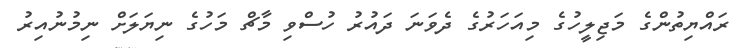
ރައްޔިތުންގެ މަޖިލީހުގެ މިއަހަރުގެ ދެވަނަ ދައުރު ހުސްވި މާޗް މަހުގެ ނިޔަލަށް ނިމުނުއިރު